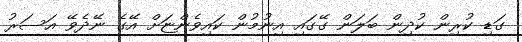
ގަޑި ކުރިން ކުދިން ބަލަން ގޭގައި އިނުމުން ކައިވެންޏަށް އޭގެ ނޭދެވޭ އަސަރު